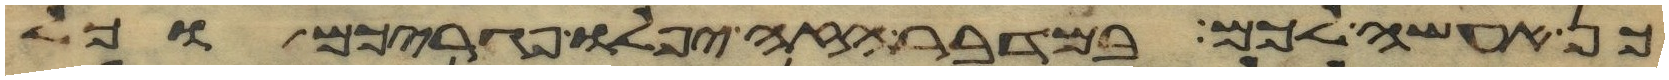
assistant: כן אעשה לכם במדבר הזה יפלו פגריכם וכל